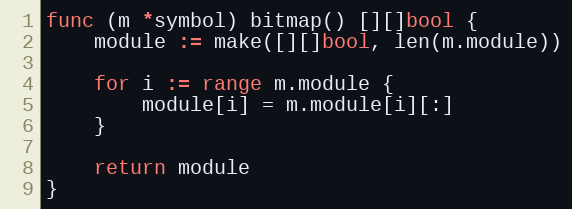
Language: Go
func (m *symbol) bitmap() [][]bool {
	module := make([][]bool, len(m.module))

	for i := range m.module {
		module[i] = m.module[i][:]
	}

	return module
}